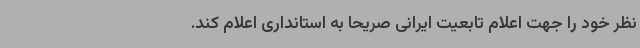
نظر خود را جهت اعلام تابعیت ایرانی صریحا به استانداری اعلام کند.